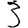
Digit: 3